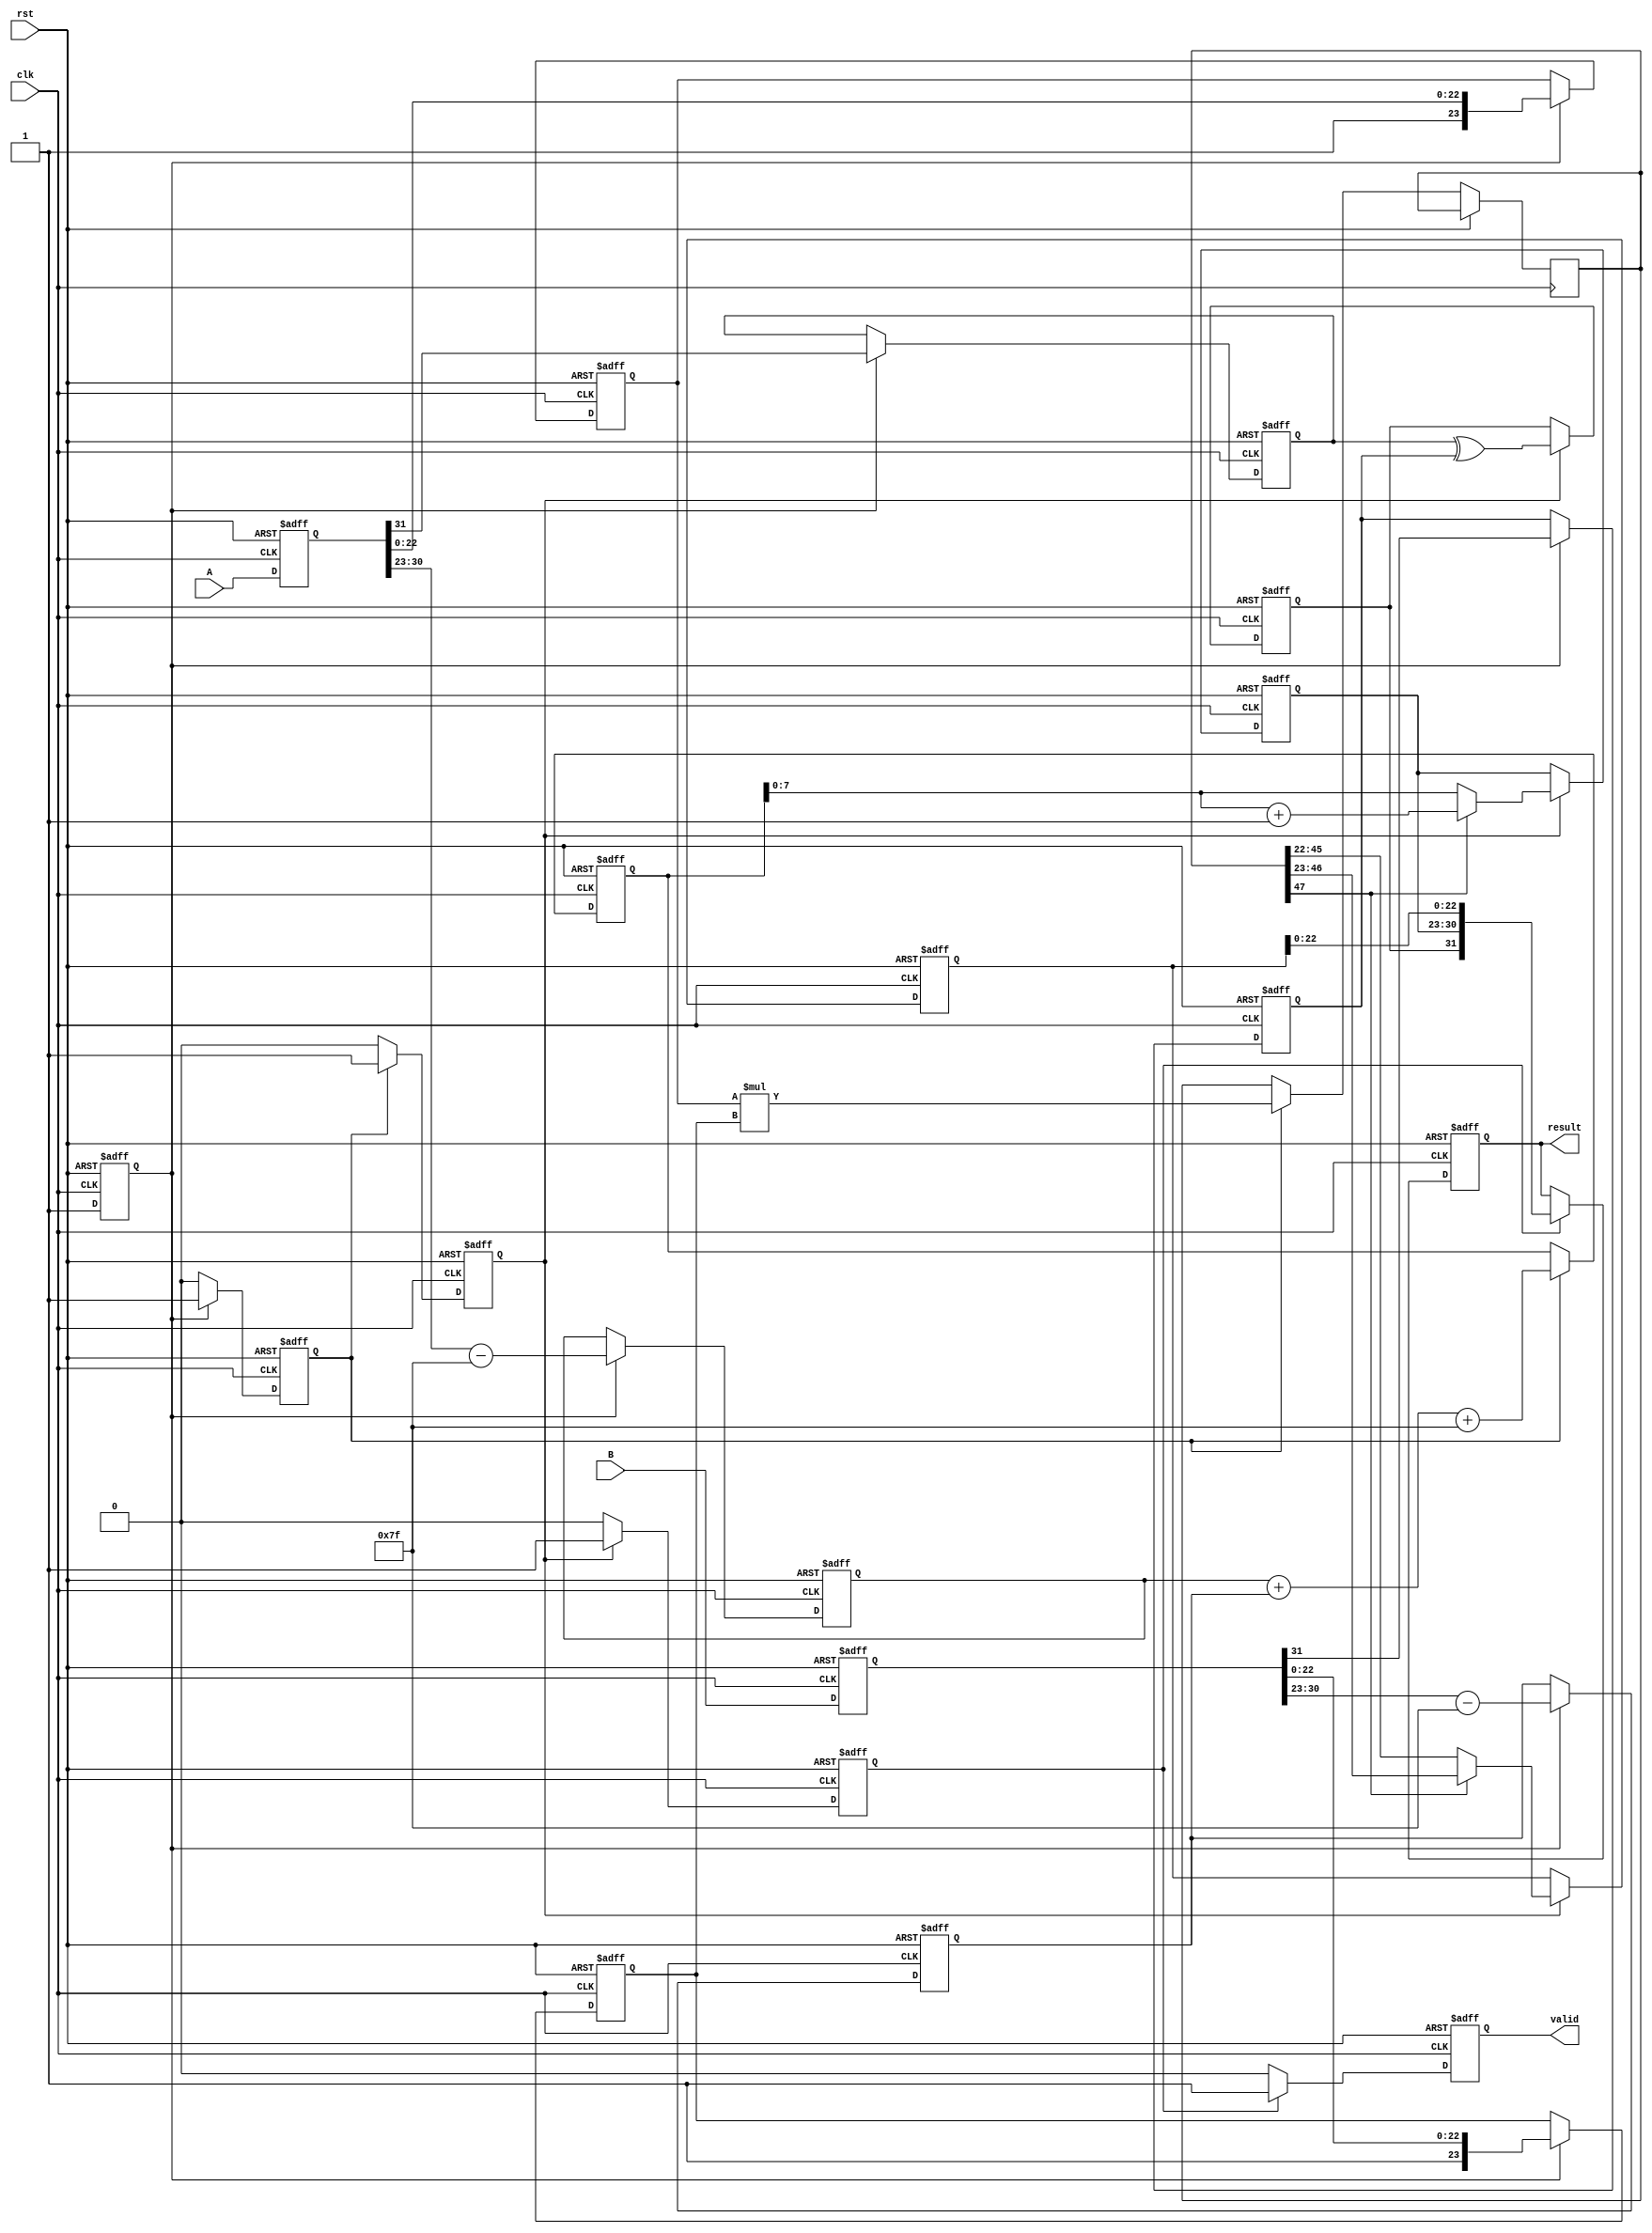
module pipelined_fp_multiplier (
    input wire clk,
    input wire rst,
    input wire [31:0] A, // 32-bit floating-point input A
    input wire [31:0] B, // 32-bit floating-point input B
    output reg [31:0] result, // 32-bit floating-point result
    output reg valid // Signal to indicate valid output
);

    // Pipeline registers
    reg [31:0] A_reg, B_reg;
    reg [7:0] exp_A, exp_B, exp_result;
    reg [23:0] mant_A, mant_B, mant_result;
    reg sign_A, sign_B, sign_result;
    reg [47:0] mant_mult; // 46 bits for mantissa multiplication + leading 1
    reg [8:0] exp_sum; // 8-bit exponent + 1 for overflow handling

    // Control flags
    reg valid_stage1, valid_stage2, valid_stage3, valid_stage4;

    // Stage 1: Input Stage
    always @(posedge clk or posedge rst) begin
        if (rst) begin
            A_reg <= 0;
            B_reg <= 0;
            valid_stage1 <= 0;
        end else begin
            A_reg <= A;
            B_reg <= B;
            valid_stage1 <= 1;
        end
    end

    // Stage 2: Normalization and Extraction Stage
    always @(posedge clk or posedge rst) begin
        if (rst) begin
            exp_A <= 0; mant_A <= 0; sign_A <= 0;
            exp_B <= 0; mant_B <= 0; sign_B <= 0;
            valid_stage2 <= 0;
        end else if (valid_stage1) begin
            sign_A <= A_reg[31];
            exp_A <= A_reg[30:23] - 8'd127; // Unbias exponent
            mant_A <= {1'b1, A_reg[22:0]}; // Add implicit leading 1
            
            sign_B <= B_reg[31];
            exp_B <= B_reg[30:23] - 8'd127; // Unbias exponent
            mant_B <= {1'b1, B_reg[22:0]}; // Add implicit leading 1
            
            valid_stage2 <= 1;
        end else begin
            valid_stage2 <= 0;
        end
    end

    // Stage 3: Exponent Calculation Stage
    always @(posedge clk or posedge rst) begin
        if (rst) begin
            exp_sum <= 0;
            valid_stage3 <= 0;
        end else if (valid_stage2) begin
            exp_sum <= exp_A + exp_B + 8'd127; // Add bias back
            mant_mult <= mant_A * mant_B; // Mantissa multiplication
            valid_stage3 <= 1;
        end else begin
            valid_stage3 <= 0;
        end
    end

    // Stage 4: Normalization of Result Stage
    always @(posedge clk or posedge rst) begin
        if (rst) begin
            mant_result <= 0;
            exp_result <= 0;
            sign_result <= 0;
            valid_stage4 <= 0;
        end else if (valid_stage3) begin
            if (mant_mult[47]) begin
                // If overflow, shift right
                mant_result <= mant_mult[46:23];
                exp_result <= exp_sum + 1; // Adjust exponent
            end else begin
                mant_result <= mant_mult[45:22]; // Normal case
                exp_result <= exp_sum;
            end
            sign_result <= sign_A ^ sign_B; // XOR for sign
            valid_stage4 <= 1;
        end else begin
            valid_stage4 <= 0;
        end
    end

    // Output Stage
    always @(posedge clk or posedge rst) begin
        if (rst) begin
            result <= 0;
            valid <= 0;
        end else if (valid_stage4) begin
            result <= {sign_result, exp_result[7:0], mant_result[22:0]};
            valid <= 1; // Output is valid
        end else begin
            valid <= 0;
        end
    end

endmodule